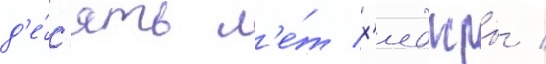
д'е́с'ять л'е́т х'иджры /